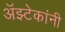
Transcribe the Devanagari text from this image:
अॅझ्टेकांनी